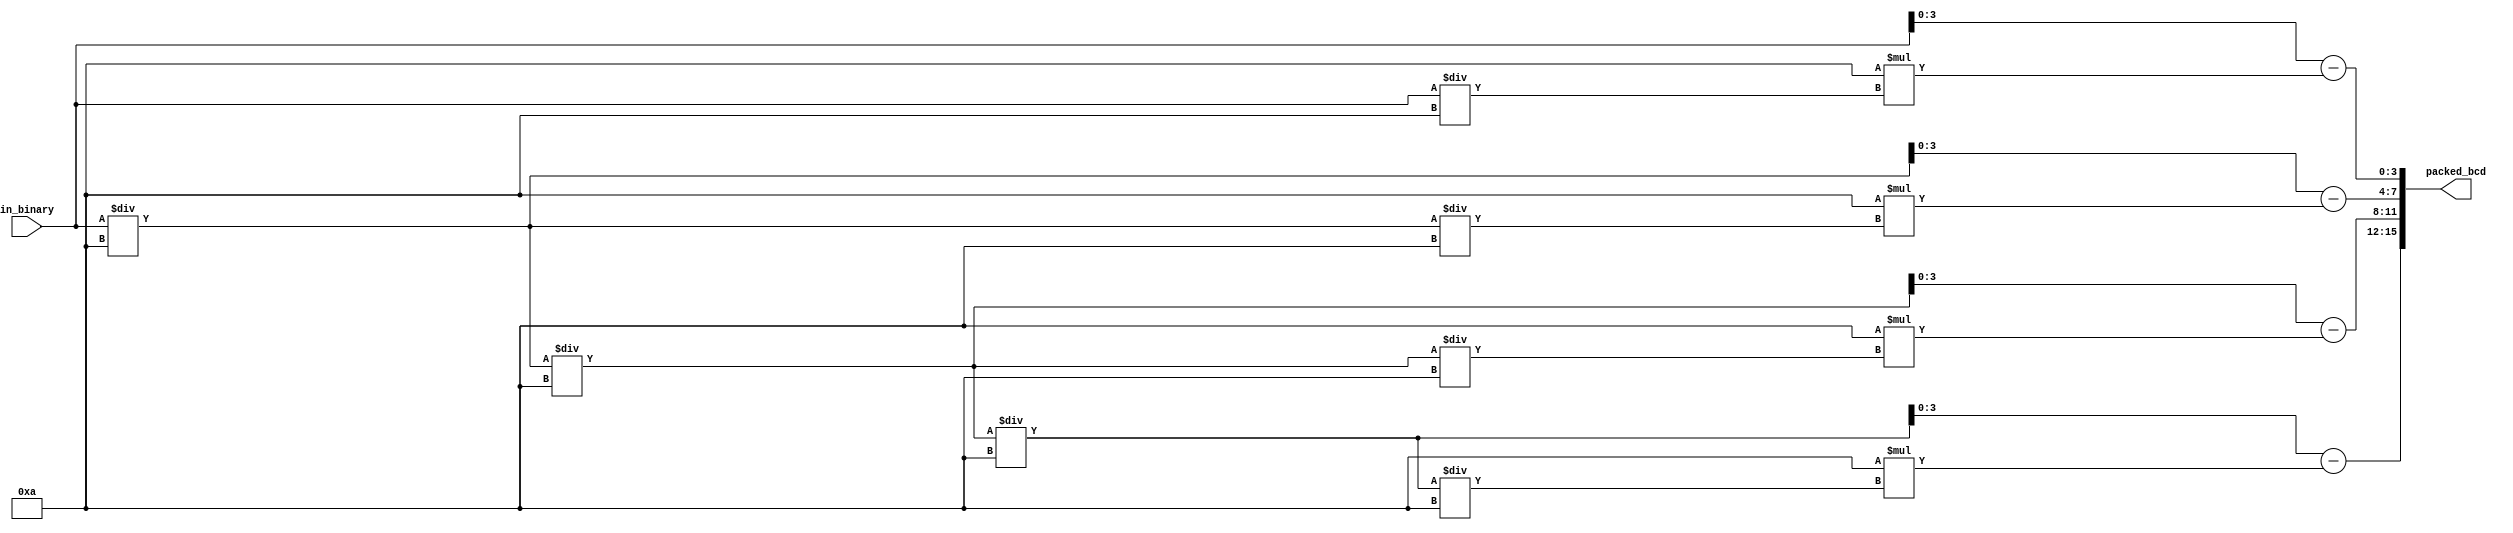
`timescale 1ns / 1ps
//////////////////////////////////////////////////////////////////////////////////
// Company: 
// Engineer: 
// 
// Design Name: 
// Module Name: binary2bcd_div
// Project Name: 
// Target Devices: 
// Tool Versions: 
// Description: 
// 
// Dependencies: 
// 
// Revision:
// Revision 0.01 - File Created
// Additional Comments:
// 
//////////////////////////////////////////////////////////////////////////////////


module binary2bcd_div(
    input [13:0] in_binary,
    output reg [15:0] packed_bcd
    );
    reg [3:0] digit_1;
    reg [3:0] digit_2;
    reg [3:0] digit_3;
    reg [3:0] digit_4;
    reg [13:0] a;
    
    always@* begin
        a = in_binary;
        digit_1 = get_digit(a);
        a = a/13'd10;
        digit_2 = get_digit(a);
        a = a/13'd10;
        digit_3 = get_digit(a);
        a = a/13'd10;
        digit_4 = get_digit(a);
        a = a/13'd10;
        packed_bcd = {digit_4, digit_3, digit_2, digit_1};
        
    end
    
    function [3:0] get_digit;
        input [13:0] a;
        reg [13:0] temp;
        begin
            temp = a-10*(a/10);
            get_digit = temp[3:0];
        end
    endfunction
    
endmodule